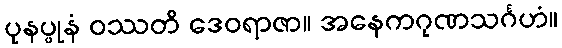
ပုနပ္ပုနံ ဝဿတိ ဒေဝရာဇာ။ အနေကဂုဏသင်္ဂဟံ။